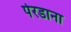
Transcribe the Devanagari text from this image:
पेरडाना